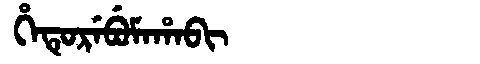
Manchu: ᡥᡝᡨᡠᡵᡝᠪᡠᠮᠠᡥᠠᠪᡳ
Romanization: HETUREBUMAHABI